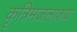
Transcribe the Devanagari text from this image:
कृत्रिमजलाशय